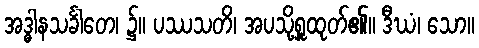
အဒ္ဓါနသင်္ခါတေ၊ ၌။ ပဿသတိ၊ အပသို့ရှူထုတ်၏။ ဒီဃံ၊ သော။